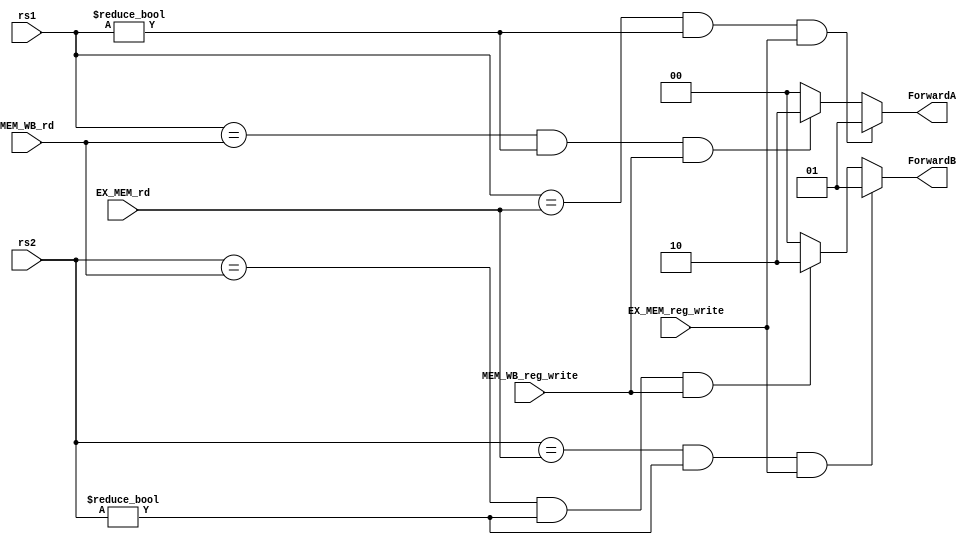
module ForwardingUnit (input [4:0] rs1,
                        input [4:0] rs2,
                        input [4:0] EX_MEM_rd,
                        input EX_MEM_reg_write,
                        input [4:0] MEM_WB_rd,
                        input MEM_WB_reg_write,
                        output reg [1:0] ForwardA,
                        output reg [1:0] ForwardB);

    always @(*) begin
        if((rs1 == EX_MEM_rd) && (rs1 != 0) && EX_MEM_reg_write) begin
            ForwardA = 2'b01;
        end
        else if((rs1 == MEM_WB_rd) && (rs1 != 0) && MEM_WB_reg_write) begin
            ForwardA = 2'b10;
        end
        else begin
            ForwardA = 2'd00;
        end

        if((rs2 == EX_MEM_rd) && (rs2 != 0) && EX_MEM_reg_write) begin
            ForwardB = 2'b01;
        end
        else if((rs2 == MEM_WB_rd) && (rs2 != 0) && MEM_WB_reg_write) begin
            ForwardB = 2'b10;
        end
        else begin
            ForwardB = 2'b00;
        end
    end
endmodule


module ForwardingEcall( input [4:0] rs1,
                        input [4:0] rs2,
                        input [4:0] rd,
                        input [4:0] EX_MEM_rd,
                        input is_ecall,
                        input [31:0] rd_din,
                        input [31:0] rs1_dout,
                        input [31:0] rs2_dout,
                        input [31:0] EX_MEM_alu_out,
                        input EX_MEM_reg_write,
                        input MEM_WB_reg_write,
                        output reg [31:0] f_rs1_dout,
                        output reg [31:0] f_rs2_dout);

    always @(*) begin
        if((rs1 == rd) && (rd != 0) && MEM_WB_reg_write) begin
            f_rs1_dout = rd_din;
        end
        else if((EX_MEM_rd == 5'd17) && is_ecall && EX_MEM_reg_write) begin
            f_rs1_dout = EX_MEM_alu_out;
        end
        else begin
            f_rs1_dout = rs1_dout;
        end

        if((rs2 == rd) && (rd != 0) && MEM_WB_reg_write) begin
            f_rs2_dout = rd_din;
        end
        else begin
            f_rs2_dout = rs2_dout;
        end
    end
endmodule